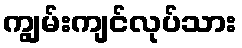
ကျွမ်းကျင်လုပ်သား